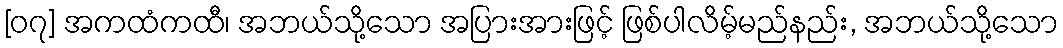
[၀၇] အကထံကထီ၊ အဘယ်သို့သော အပြားအားဖြင့် ဖြစ်ပါလိမ့်မည်နည်း, အဘယ်သို့သော